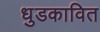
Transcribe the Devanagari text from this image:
धुडकावित